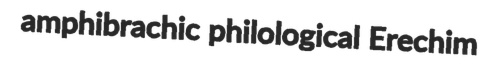
amphibrachic philological Erechim